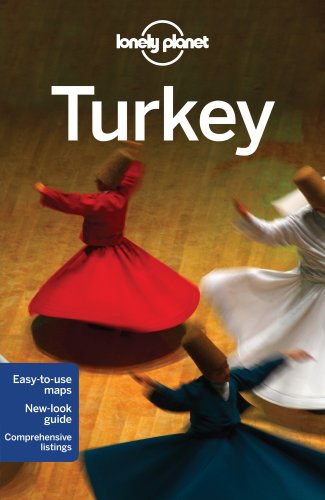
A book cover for Lonely Planet Turkey (Travel Guide); Lonely Planet; Travel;